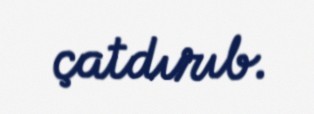
çatdırıb.